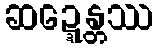
ဆဍ္ဍေန္တဿ